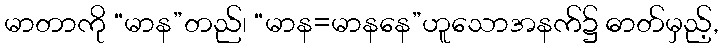
မာတာကို “မာန”တည်၊ “မာန=မာနနေ”ဟူသောအနက်၌ ဓာတ်မှည့်,